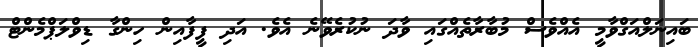
ބައިނަލްއަގްވާމީ އެއްވެސް މުބާރާތެއްގައި ވާދަ ނުކުރެވޭނެ އެވެ. އަދި ފީފާއިން ހިންގާ ޑިވްލަޕްމެންޓް